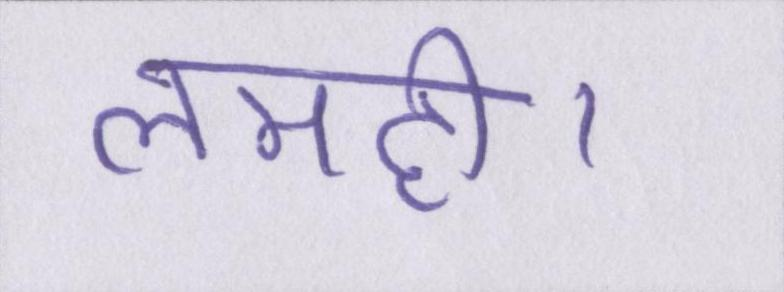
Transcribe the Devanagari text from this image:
लमही।